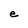
Character: e